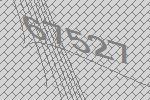
67527